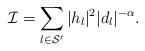
LaTeX: \begin{align*}\mathcal{I}=\sum\limits_{l\in \mathcal{S}'}|h_l|^2|d_l|^{-\alpha}.\end{align*}